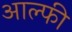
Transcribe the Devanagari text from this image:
आल्फी